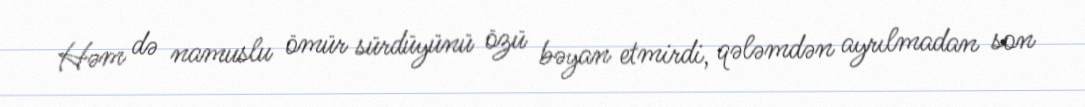
Həm də namuslu ömür sürdüyünü özü bəyan etmirdi, qələmdən ayrılmadan son